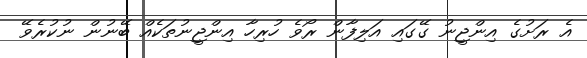
އެ ރަށުގެ އިންޖީނު ގޭގައި އަލިފާން ރޯވެ ހުރިހާ އިންޖީނުތަކެއް ބޭނުން ނުކުރެވޭ